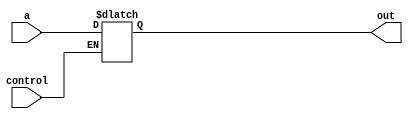
//Latch is inferred because of incomplete specification
module incomplete (out, control, a);

output out;
reg out;
input control, a;

always @(control or a)
	if(control)
		out <= a;

endmodule

//Multiplexer is inferred because of complete specification
module complete (out, control, a, b);

output out;
reg out;
input control, a, b;

always @(control or a or b)
	if(control)
		out <= a;
	else
		out <= b;

endmodule